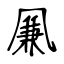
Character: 凲